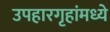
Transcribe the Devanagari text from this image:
उपहारगृहांमध्ये